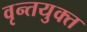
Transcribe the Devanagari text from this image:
वृन्तयुक्त